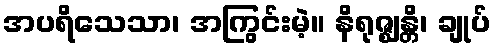
အပရိသေသာ၊ အကြွင်းမဲ့။ နိရုဇ္ဈန္တိ၊ ချုပ်